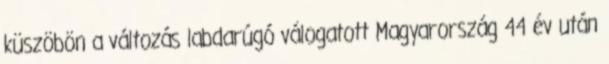
küszöbön a változás labdarúgó válogatott Magyarország 44 év után